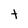
Character: t